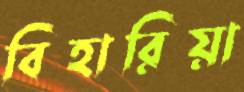
বিহারিয়া